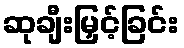
ဆုချီးမြှင့်ခြင်း